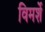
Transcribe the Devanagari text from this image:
विमर्शे